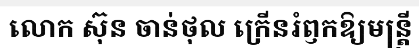
លោក ស៊ុន ចាន់ថុល ក្រើនរំឭកឱ្យមន្ត្រី